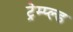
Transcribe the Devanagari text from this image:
ट्रेम्प्ल्ड